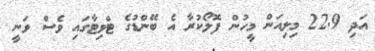
އަދި 22.9 މިލިއަން މީހުން ފޮލޯކުރާ އެ ބޭންޑުގެ ޓްވިޓާގައި ވެސް ވަނީ